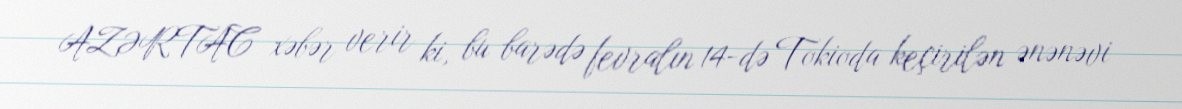
AZƏRTAC xəbər verir ki, bu barədə fevralın 14-də Tokioda keçirilən ənənəvi